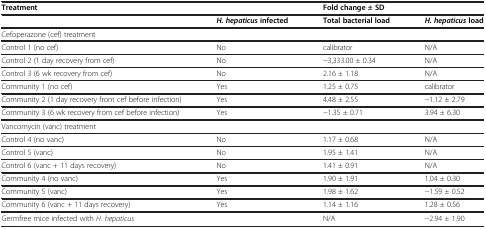
<table><thead><tr><td colspan="2"><b>Treatment</b></td><td colspan="2"><b>Fold change ± SD</b></td></tr></thead><tbody><tr><td> </td><td><b><i>H. hepaticus </i></b><b>infected</b></td><td><b>Total bacterial load</b></td><td><b><i>H. hepaticus </i></b><b>load</b></td></tr><tr><td>Cefoperazone (cef) treatment</td><td> </td><td> </td><td> </td></tr><tr><td>Control 1 (no cef)</td><td>No</td><td>calibrator</td><td>N/A</td></tr><tr><td>Control 2 (1 day recovery from cef)</td><td>No</td><td>-3,333.00 ± 0.34</td><td>N/A</td></tr><tr><td>Control 3 (6 wk recovery from cef)</td><td>No</td><td>2.16 ± 1.18</td><td>N/A</td></tr><tr><td>Community 1 (no cef)</td><td>Yes</td><td>1.25 ± 0.75</td><td>calibrator</td></tr><tr><td>Community 2 (1 day recovery from cef before infection)</td><td>Yes</td><td>4.48 ± 2.55</td><td>-1.12 ± 2.79</td></tr><tr><td>Community 3 (6 wk recovery from cef before infection)</td><td>Yes</td><td>-1.35 ± 0.71</td><td>3.94 ± 6.30</td></tr><tr><td>Vancomycin (vanc) treatment</td><td> </td><td> </td><td> </td></tr><tr><td>Control 4 (no vanc)</td><td>No</td><td>1.17 ± 0.68</td><td>N/A</td></tr><tr><td>Control 5 (vanc)</td><td>No</td><td>1.95 ± 1.41</td><td>N/A</td></tr><tr><td>Control 6 (vanc + 11 days recovery)</td><td>No</td><td>1.41 ± 0.91</td><td>N/A</td></tr><tr><td>Community 4 (no vanc)</td><td>Yes</td><td>1.90 ± 1.91</td><td>1.04 ± 0.30</td></tr><tr><td>Community 5 (vanc)</td><td>Yes</td><td>1.98 ± 1.62</td><td>-1.59 ± 0.52</td></tr><tr><td>Community 6 (vanc + 11 days recovery)</td><td>Yes</td><td>1.14 ± 1.16</td><td>1.28 ± 0.56</td></tr><tr><td colspan="2">Germfree mice infected with <i>H. hepaticus</i></td><td>N/A</td><td>-2.94 ± 1.90</td></tr></tbody></table>